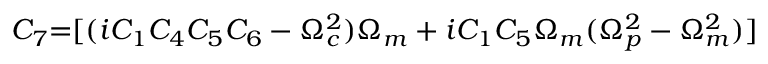
{ C _ { 7 } } \mathrm { { = } } [ ( i { C _ { 1 } } { C _ { 4 } } { C _ { 5 } } { C _ { 6 } } - \Omega _ { c } ^ { 2 } ) { \Omega _ { m } } + i { C _ { 1 } } { C _ { 5 } } { \Omega _ { m } } ( \Omega _ { p } ^ { 2 } - \Omega _ { m } ^ { 2 } ) ]